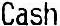
CASH